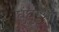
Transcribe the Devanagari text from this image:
घुंघुरूओं